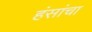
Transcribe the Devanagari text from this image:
हंसांचा